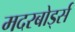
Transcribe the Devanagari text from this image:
मदरबोर्ड्स